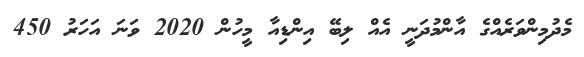
މެދުމިންވަރެއްގެ އާންމުދަނީ އެއް ލިބޭ އިންޑިއާ މީހުން 2020 ވަނަ އަހަރު 450